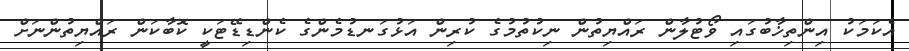
އެކަމަކު އިންތިޚާބުގައި ވޯޓުލާން ރައްޔިތުން ނިކުތުމުގެ ކުރިން އަޅުގަނޑުމެންގެ ކެންޑިޑޭޓަކީ ކޮބާކަން ރައްޔިތުންނަށް